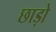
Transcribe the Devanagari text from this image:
छाड़ो